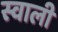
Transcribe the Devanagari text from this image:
स्वाली